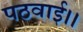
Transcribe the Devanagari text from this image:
पठवाई।।